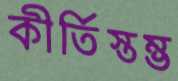
কীর্তিস্তম্ভ